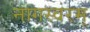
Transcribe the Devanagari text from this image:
नागस्वरम्‌